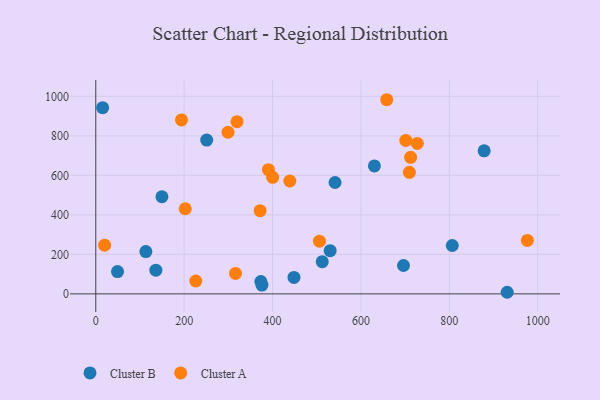
{"axis": {"x": "Ad Spend", "y": "Sales"}, "legend": ["Cluster A", "Cluster B"], "data": [{"x": "448.5", "y": 83.2, "type": "Cluster B"}, {"x": "15.5", "y": 942.4, "type": "Cluster B"}, {"x": "696.4", "y": 143.5, "type": "Cluster B"}, {"x": "251.0", "y": 778.7, "type": "Cluster B"}, {"x": "373.6", "y": 62.2, "type": "Cluster B"}, {"x": "878.9", "y": 724.4, "type": "Cluster B"}, {"x": "376.0", "y": 44.5, "type": "Cluster B"}, {"x": "512.5", "y": 162.7, "type": "Cluster B"}, {"x": "149.7", "y": 491.6, "type": "Cluster B"}, {"x": "136.0", "y": 119.7, "type": "Cluster B"}, {"x": "630.5", "y": 647.6, "type": "Cluster B"}, {"x": "931.0", "y": 8.0, "type": "Cluster B"}, {"x": "541.5", "y": 563.8, "type": "Cluster B"}, {"x": "113.3", "y": 214.0, "type": "Cluster B"}, {"x": "49.2", "y": 112.9, "type": "Cluster B"}, {"x": "806.8", "y": 244.9, "type": "Cluster B"}, {"x": "530.4", "y": 218.4, "type": "Cluster B"}, {"x": "194.0", "y": 880.6, "type": "Cluster A"}, {"x": "506.1", "y": 266.9, "type": "Cluster A"}, {"x": "439.1", "y": 571.3, "type": "Cluster A"}, {"x": "709.7", "y": 615.3, "type": "Cluster A"}, {"x": "390.8", "y": 628.7, "type": "Cluster A"}, {"x": "202.4", "y": 430.9, "type": "Cluster A"}, {"x": "319.7", "y": 872.0, "type": "Cluster A"}, {"x": "701.6", "y": 777.0, "type": "Cluster A"}, {"x": "976.7", "y": 270.6, "type": "Cluster A"}, {"x": "658.4", "y": 982.9, "type": "Cluster A"}, {"x": "712.5", "y": 691.2, "type": "Cluster A"}, {"x": "316.2", "y": 103.6, "type": "Cluster A"}, {"x": "371.9", "y": 421.0, "type": "Cluster A"}, {"x": "20.0", "y": 246.6, "type": "Cluster A"}, {"x": "299.3", "y": 818.3, "type": "Cluster A"}, {"x": "400.3", "y": 590.1, "type": "Cluster A"}, {"x": "727.6", "y": 761.4, "type": "Cluster A"}, {"x": "226.3", "y": 65.0, "type": "Cluster A"}]}